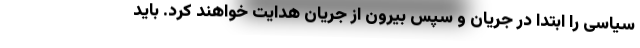
سیاسی را ابتدا در جریان و سپس بیرون از جریان هدایت خواهند کرد. باید